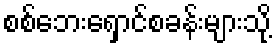
စစ်ဘေးရှောင်စခန်းများသို့